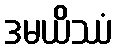
ဒမယိဿံ